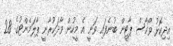
އިދިކޮޅު ވޯކާސް ޕާޓީން ބުނެފައި ވަނީ އެ މީހުން ވާދަކުރާނީ ޕާލަމެންޓުގެ 28